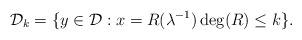
LaTeX: \begin{align*}\mathcal{D}_{k}=\{y\in \mathcal{D}:x=R(\lambda ^{-1})\deg(R)\leq k\}.\end{align*}